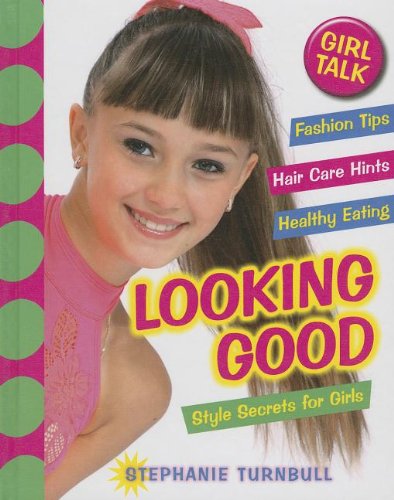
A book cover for Looking Good: Style Secrets for Girls (Girl Talk (Smart Apple)); Stephanie Turnbull; Teen & Young Adult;